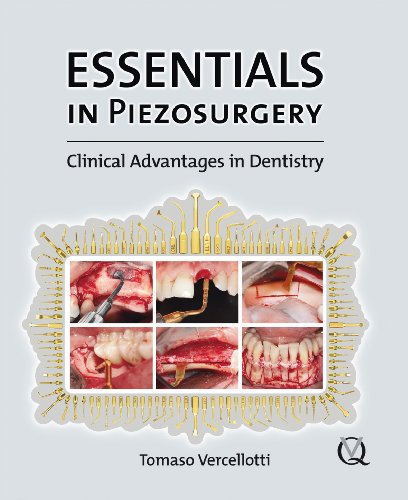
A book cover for Essentials in Piezosurgery: Clinical Advantages in Dentistry; Tomaso Vercellotti; Medical Books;